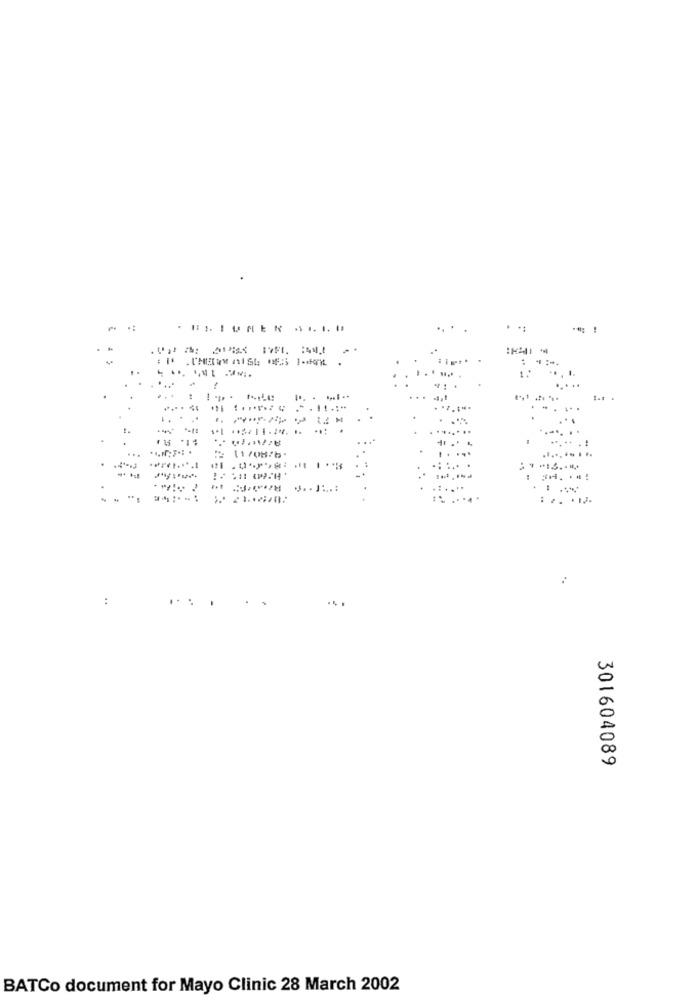
. IS IUNER ..... .
1.
...
4.1
.
-- -
:
...
301604089
BATCo document for Mayo Clinic 28 March 2002